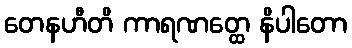
တေနဟီတိ ကာရဏတ္ထေ နိပါတော